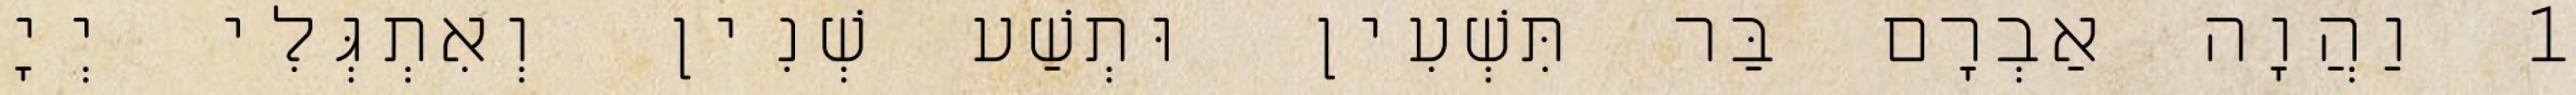
1 וַהֲוָה אַבְרָם בַּר תִּשְׁעִין וּתְשַׁע שְׁנִין וְאִתְגְּלִי יְיָ